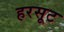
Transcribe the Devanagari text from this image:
हरसूट